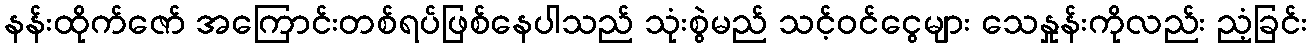
နန်းထိုက်ဇော် အကြောင်းတစ်ရပ်ဖြစ်နေပါသည် သုံးစွဲမည် သင့်ဝင်ငွေများ သေနှုန်းကိုလည်း ညံ့ခြင်း